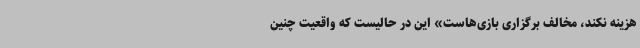
هزینه نکند، مخالف برگزاری بازی‌هاست» این در حالیست که واقعیت چنین